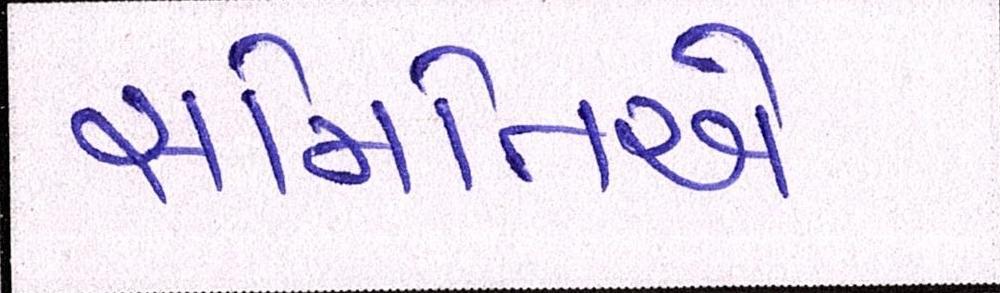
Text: સમિતિએ